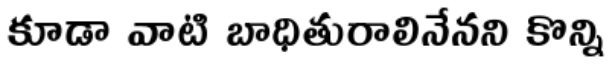
కూడా వాటి బాధితురాలినేనని కొన్ని